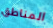
المناطق